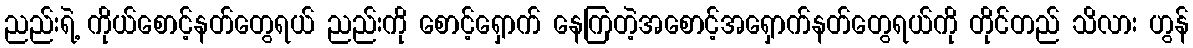
ညည်းရဲ့ ကိုယ်စောင့်နတ်တွေရယ် ညည်းကို စောင့်ရှောက် နေကြတဲ့အစောင့်အရှောက်နတ်တွေရယ်ကို တိုင်တည် သိလား ဟွန်